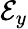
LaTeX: \mathcal{E}_{y}